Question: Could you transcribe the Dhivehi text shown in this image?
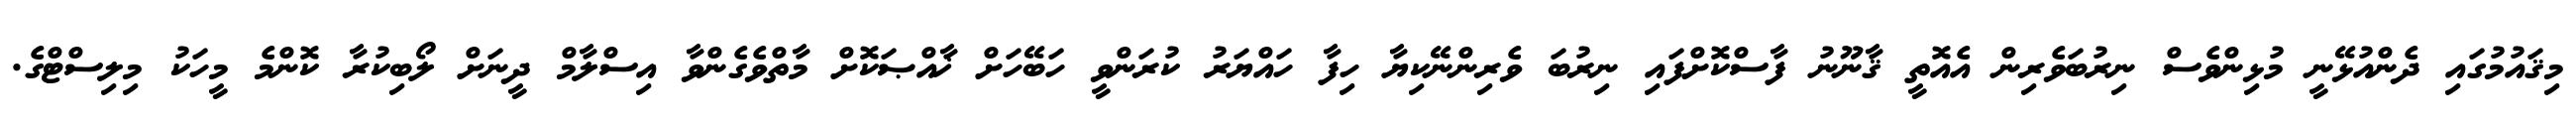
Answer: މިޤައުމުގައި ދެންއުޅޭނީ މުޅިންވެސް ނިރުބަވެރިން އެއޮތީ ޤާނޫނު ފާސްކޮށްފައި ނިރުބަ ވެރިންނޭކިޔާ ހިފާ ހައްޔަރު ކުރަންވީ ހަބޭހަށް ޚާއްޞަކޮށް މާތްވެގެންވާ އިސްލާމް ދީނަށް ލޯބިކުރާ ކޮންމެ މީހަކު މިލިސްޓްގެ.